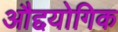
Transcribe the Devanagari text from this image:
औद्दयोगिक